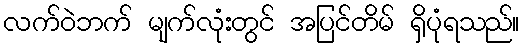
လက်ဝဲဘက် မျက်လုံးတွင် အပြင်တိမ် ရှိပုံရသည်။